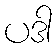
ပဒါ